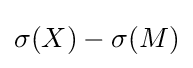
\sigma (X)-\sigma (M)